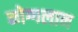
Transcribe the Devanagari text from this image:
मोग्गलान